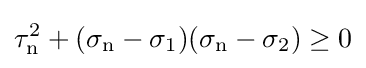
\tau _{\mathrm {n} }^{2}+(\sigma _{\mathrm {n} }-\sigma _{1})(\sigma _{\mathrm {n} }-\sigma _{2})\geq 0